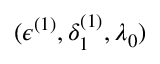
( \epsilon ^ { ( 1 ) } , \delta _ { 1 } ^ { ( 1 ) } , \lambda _ { 0 } )